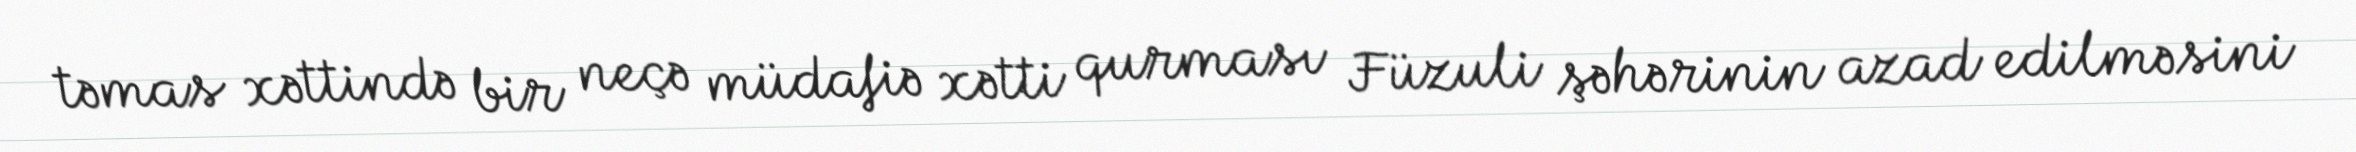
təmas xəttində bir neçə müdafiə xətti qurması Füzuli şəhərinin azad edilməsini